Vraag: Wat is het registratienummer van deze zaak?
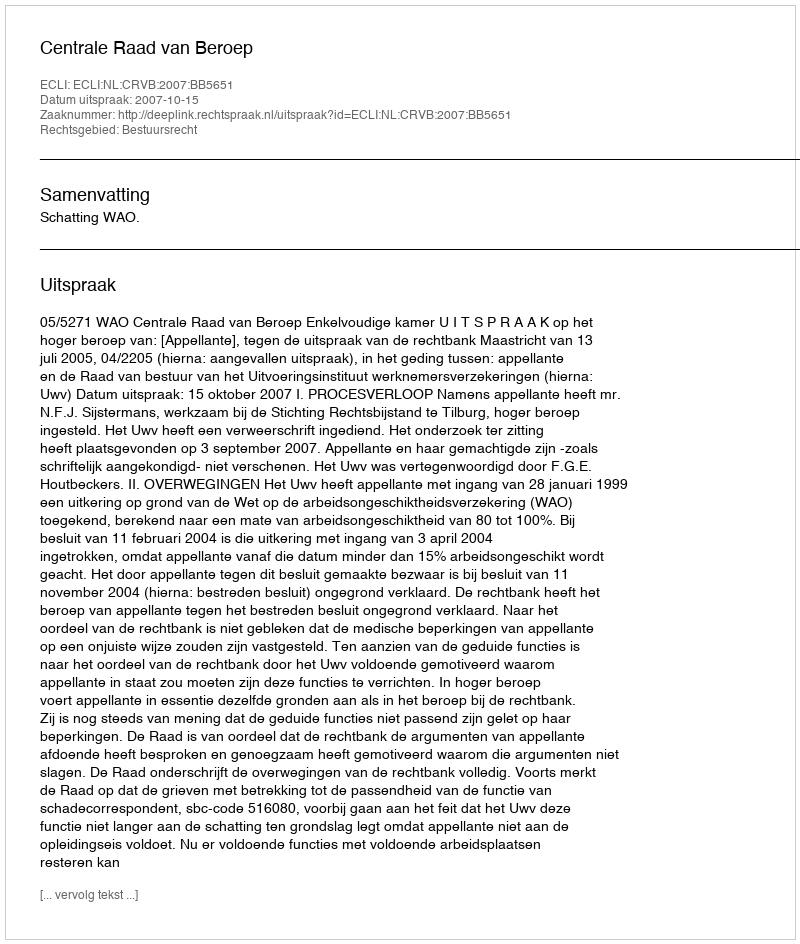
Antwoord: http://deeplink.rechtspraak.nl/uitspraak?id=ECLI:NL:CRVB:2007:BB5651